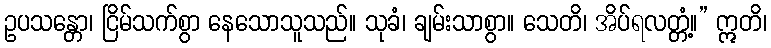
ဥပသန္တော၊ ငြိမ်သက်စွာ နေသောသူသည်။ သုခံ၊ ချမ်းသာစွာ။ သေတိ၊ အိပ်ရလတ္တံ့။” ဣတိ၊